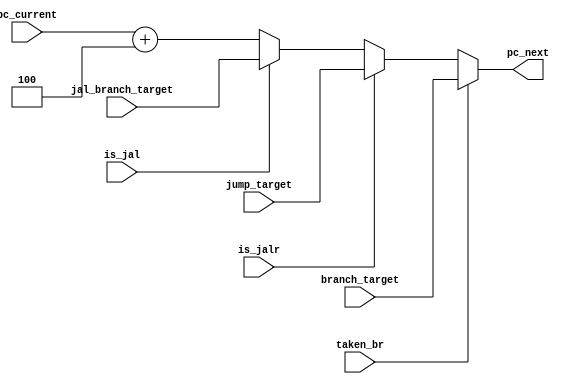
`timescale 1ns / 1ps
//////////////////////////////////////////////////////////////////////////////////
// Company: 
// Engineer: 
// 
// Design Name: 
// Module Name: PC
// Project Name: 
// Target Devices: 
// Tool Versions: 
// Description: 
// 
// Dependencies: 
// 
// Revision:
// Revision 0.01 - File Created
// Additional Comments:
// 
//////////////////////////////////////////////////////////////////////////////////


module ProgramCounter(
                        input [31:0] pc_current,
                        input taken_br,
                        input is_jal,
                        input is_jalr, 
                        input [31:0] branch_target,
                        input [31:0] jal_branch_target,
                        input [31:0] jump_target, 
                        output reg [31:0] pc_next
                        
                        );

//    reg [31:0] pc_next;
    
        
    
//    always@(posedge clock) begin
                  
//            pc <= reset ? 0 : pc_next;
            
                 
//    end
    
    always@(*) begin
        
            pc_next =   taken_br ? branch_target :
                        is_jalr ? jump_target :
                        is_jal ?  jal_branch_target : pc_current + 4;
    end           
        
    
endmodule